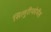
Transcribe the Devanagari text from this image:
सिलुरीफोर्मेस